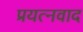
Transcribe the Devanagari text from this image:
प्रयत्नवाद